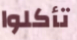
تأكلوا